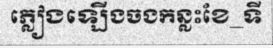
ភ្លៀងឡើងចងកន្លះខែ_ទី